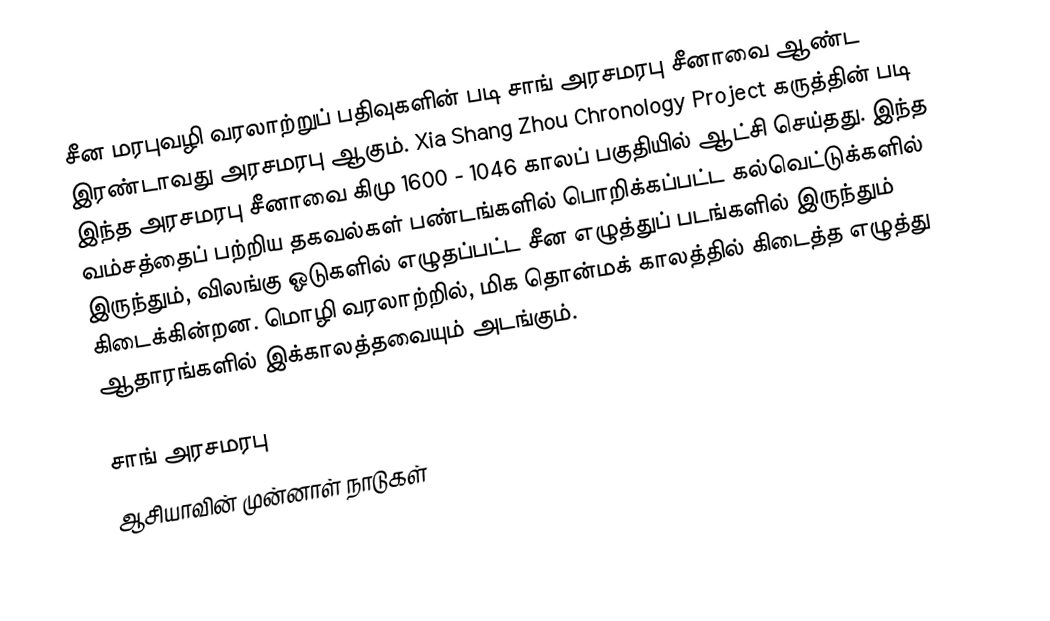
சீன மரபுவழி வரலாற்றுப் பதிவுகளின் படி சாங் அரசமரபு சீனாவை ஆண்ட இரண்டாவது அரசமரபு ஆகும். Xia Shang Zhou Chronology Project கருத்தின் படி இந்த அரசமரபு சீனாவை கிமு 1600 - 1046 காலப் பகுதியில் ஆட்சி செய்தது. இந்த வம்சத்தைப் பற்றிய தகவல்கள் பண்டங்களில் பொறிக்கப்பட்ட கல்வெட்டுக்களில் இருந்தும், விலங்கு ஓடுகளில் எழுதப்பட்ட சீன எழுத்துப் படங்களில் இருந்தும் கிடைக்கின்றன. மொழி வரலாற்றில், மிக தொன்மக் காலத்தில் கிடைத்த எழுத்து ஆதாரங்களில் இக்காலத்தவையும் அடங்கும்.

சாங் அரசமரபு
ஆசியாவின் முன்னாள் நாடுகள்